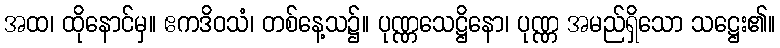
အထ၊ ထိုနောင်မှ။ ဧကဒိဝသံ၊ တစ်နေ့သ၌။ ပုဏ္ဏသေဋ္ဌိနော၊ ပုဏ္ဏ အမည်ရှိသော သဋ္ဌေး၏။